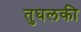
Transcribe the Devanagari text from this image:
तुघलकी